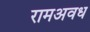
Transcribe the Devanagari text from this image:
रामअवध